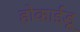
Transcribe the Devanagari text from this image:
होकाईडू